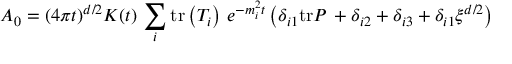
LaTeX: A _ { 0 } = ( 4 \pi t ) ^ { d / 2 } K ( t ) \, \sum _ { i } \mathrm { t r } \left( T _ { i } \right) \, e ^ { - m _ { i } ^ { 2 } t } \left( \delta _ { i 1 } \mathrm { t r } P \, + \delta _ { i 2 } + \delta _ { i 3 } + \delta _ { i 1 } \xi ^ { d / 2 } \right)